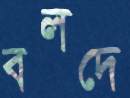
বলদে